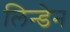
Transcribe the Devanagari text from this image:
लिन्डेन